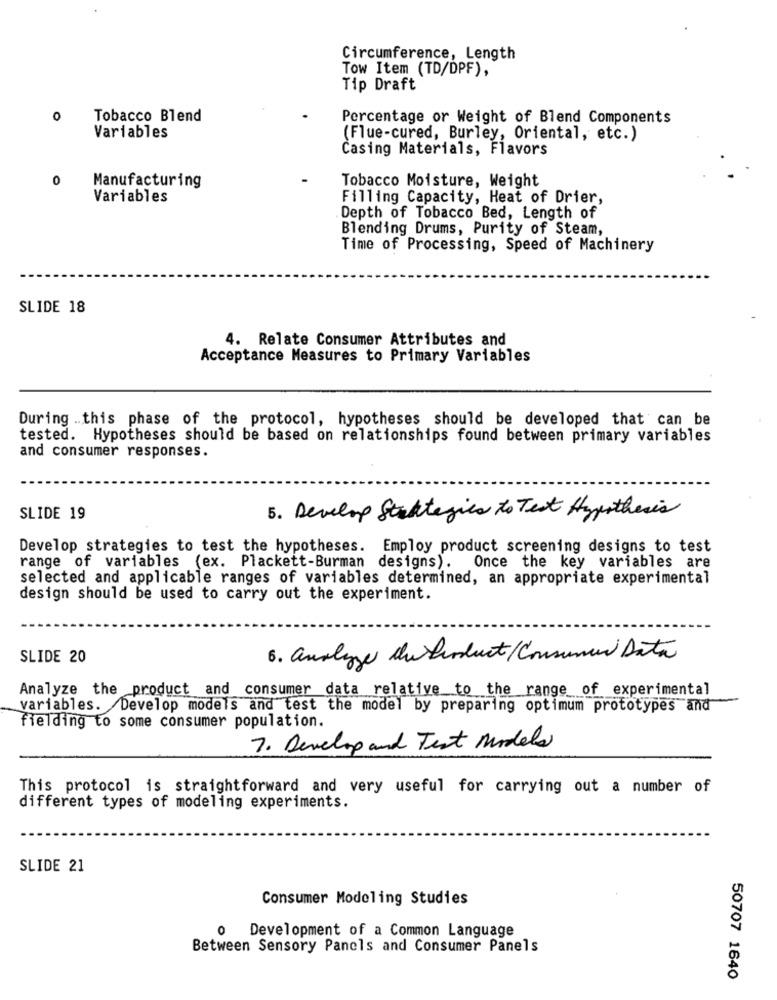
Circumference, Length
Tow Item (TD/DPF),
Tip Draft
Tobacco Blend
Percentage or Weight of Blend Components
Variables
(Flue-cured, Burley, Oriental, etc.)
Casing Materials, Flavors
0
Manufacturing
Tobacco Moisture, Weight
Variables
Filling Capacity, Heat of Drier,
Depth of Tobacco Bed, Length of
Blending Drums, Purity of Steam,
Time of Processing, Speed of Machinery
SLIDE 18
4. Relate Consumer Attributes and
Acceptance Measures to Primary Variables
During .. this phase of the protocol, hypotheses should be developed that can be
tested. Hypotheses should be based on relationships found between primary variables
and consumer responses.
SLIDE 19
5. Develop Strategies to Test Hypothesis
Develop strategies to test the hypotheses. Employ product screening designs to test
range of variables (ex. Plackett-Burman designs). Once the key variables are
selected and applicable ranges of variables determined, an appropriate experimental
design should be used to carry out the experiment.
SLIDE 20
6. analyze the Product/Consumer Data
Analyze the product and consumer data relative to the range of experimental
variables. Develop models and test the model by preparing optimum prototypes and
fielding to some consumer population.
7. Develop and Text Modela
This protocol is straightforward and very useful for carrying out a number of
different types of modeling experiments.
SLIDE 21
Consumer Modeling Studies
0
Development of a Common Language
Between Sensory Panels and Consumer Panels
50707 1640